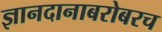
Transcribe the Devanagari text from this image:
ज्ञानदानाबरोबरच